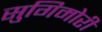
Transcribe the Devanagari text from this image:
सुगिमोरी